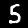
Digit: 5